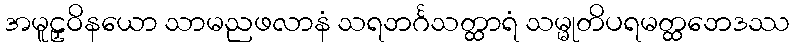
အမူဠှဝိနယော သာမညဖလာနံ သရဘင်္ဂသတ္ထာရံ သမ္မုတိပရမတ္ထဘေဒဿ